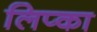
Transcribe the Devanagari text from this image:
लिप्का